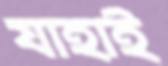
যাহাই